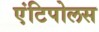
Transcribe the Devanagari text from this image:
एंटिपोलस